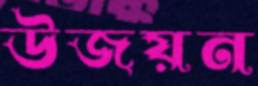
উজয়ন